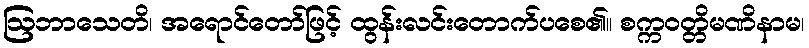
ဩဘာသေတိ၊ အရောင်တော်ဖြင့် ထွန်းလင်းတောက်ပစေ၏။ စက္ကဝတ္တိမဏိနာမ၊